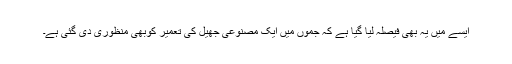
ایسے میں یہ بھی فیصلہ لیا گیا ہے کہ جموں میں ایک مصنوعی جھیل کی تعمیر کوبھی منظوری دی گئی ہے۔